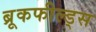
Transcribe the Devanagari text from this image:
ब्रूकफील्ड्स